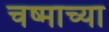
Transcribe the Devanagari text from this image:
चष्माच्या